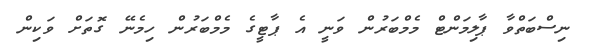
ނިސްބަތްވާ ޕާލިމަންޓް މެމްބަރުން ވަނީ އެެ ޕާޓީގެ މެމްބަރުން ހިމެނޭ ގޮތަށް ވަކިން